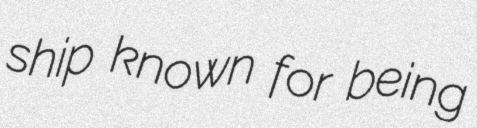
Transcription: ship known for being